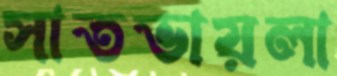
সাতভায়লা